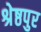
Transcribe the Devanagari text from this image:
श्रेष्ठपुर